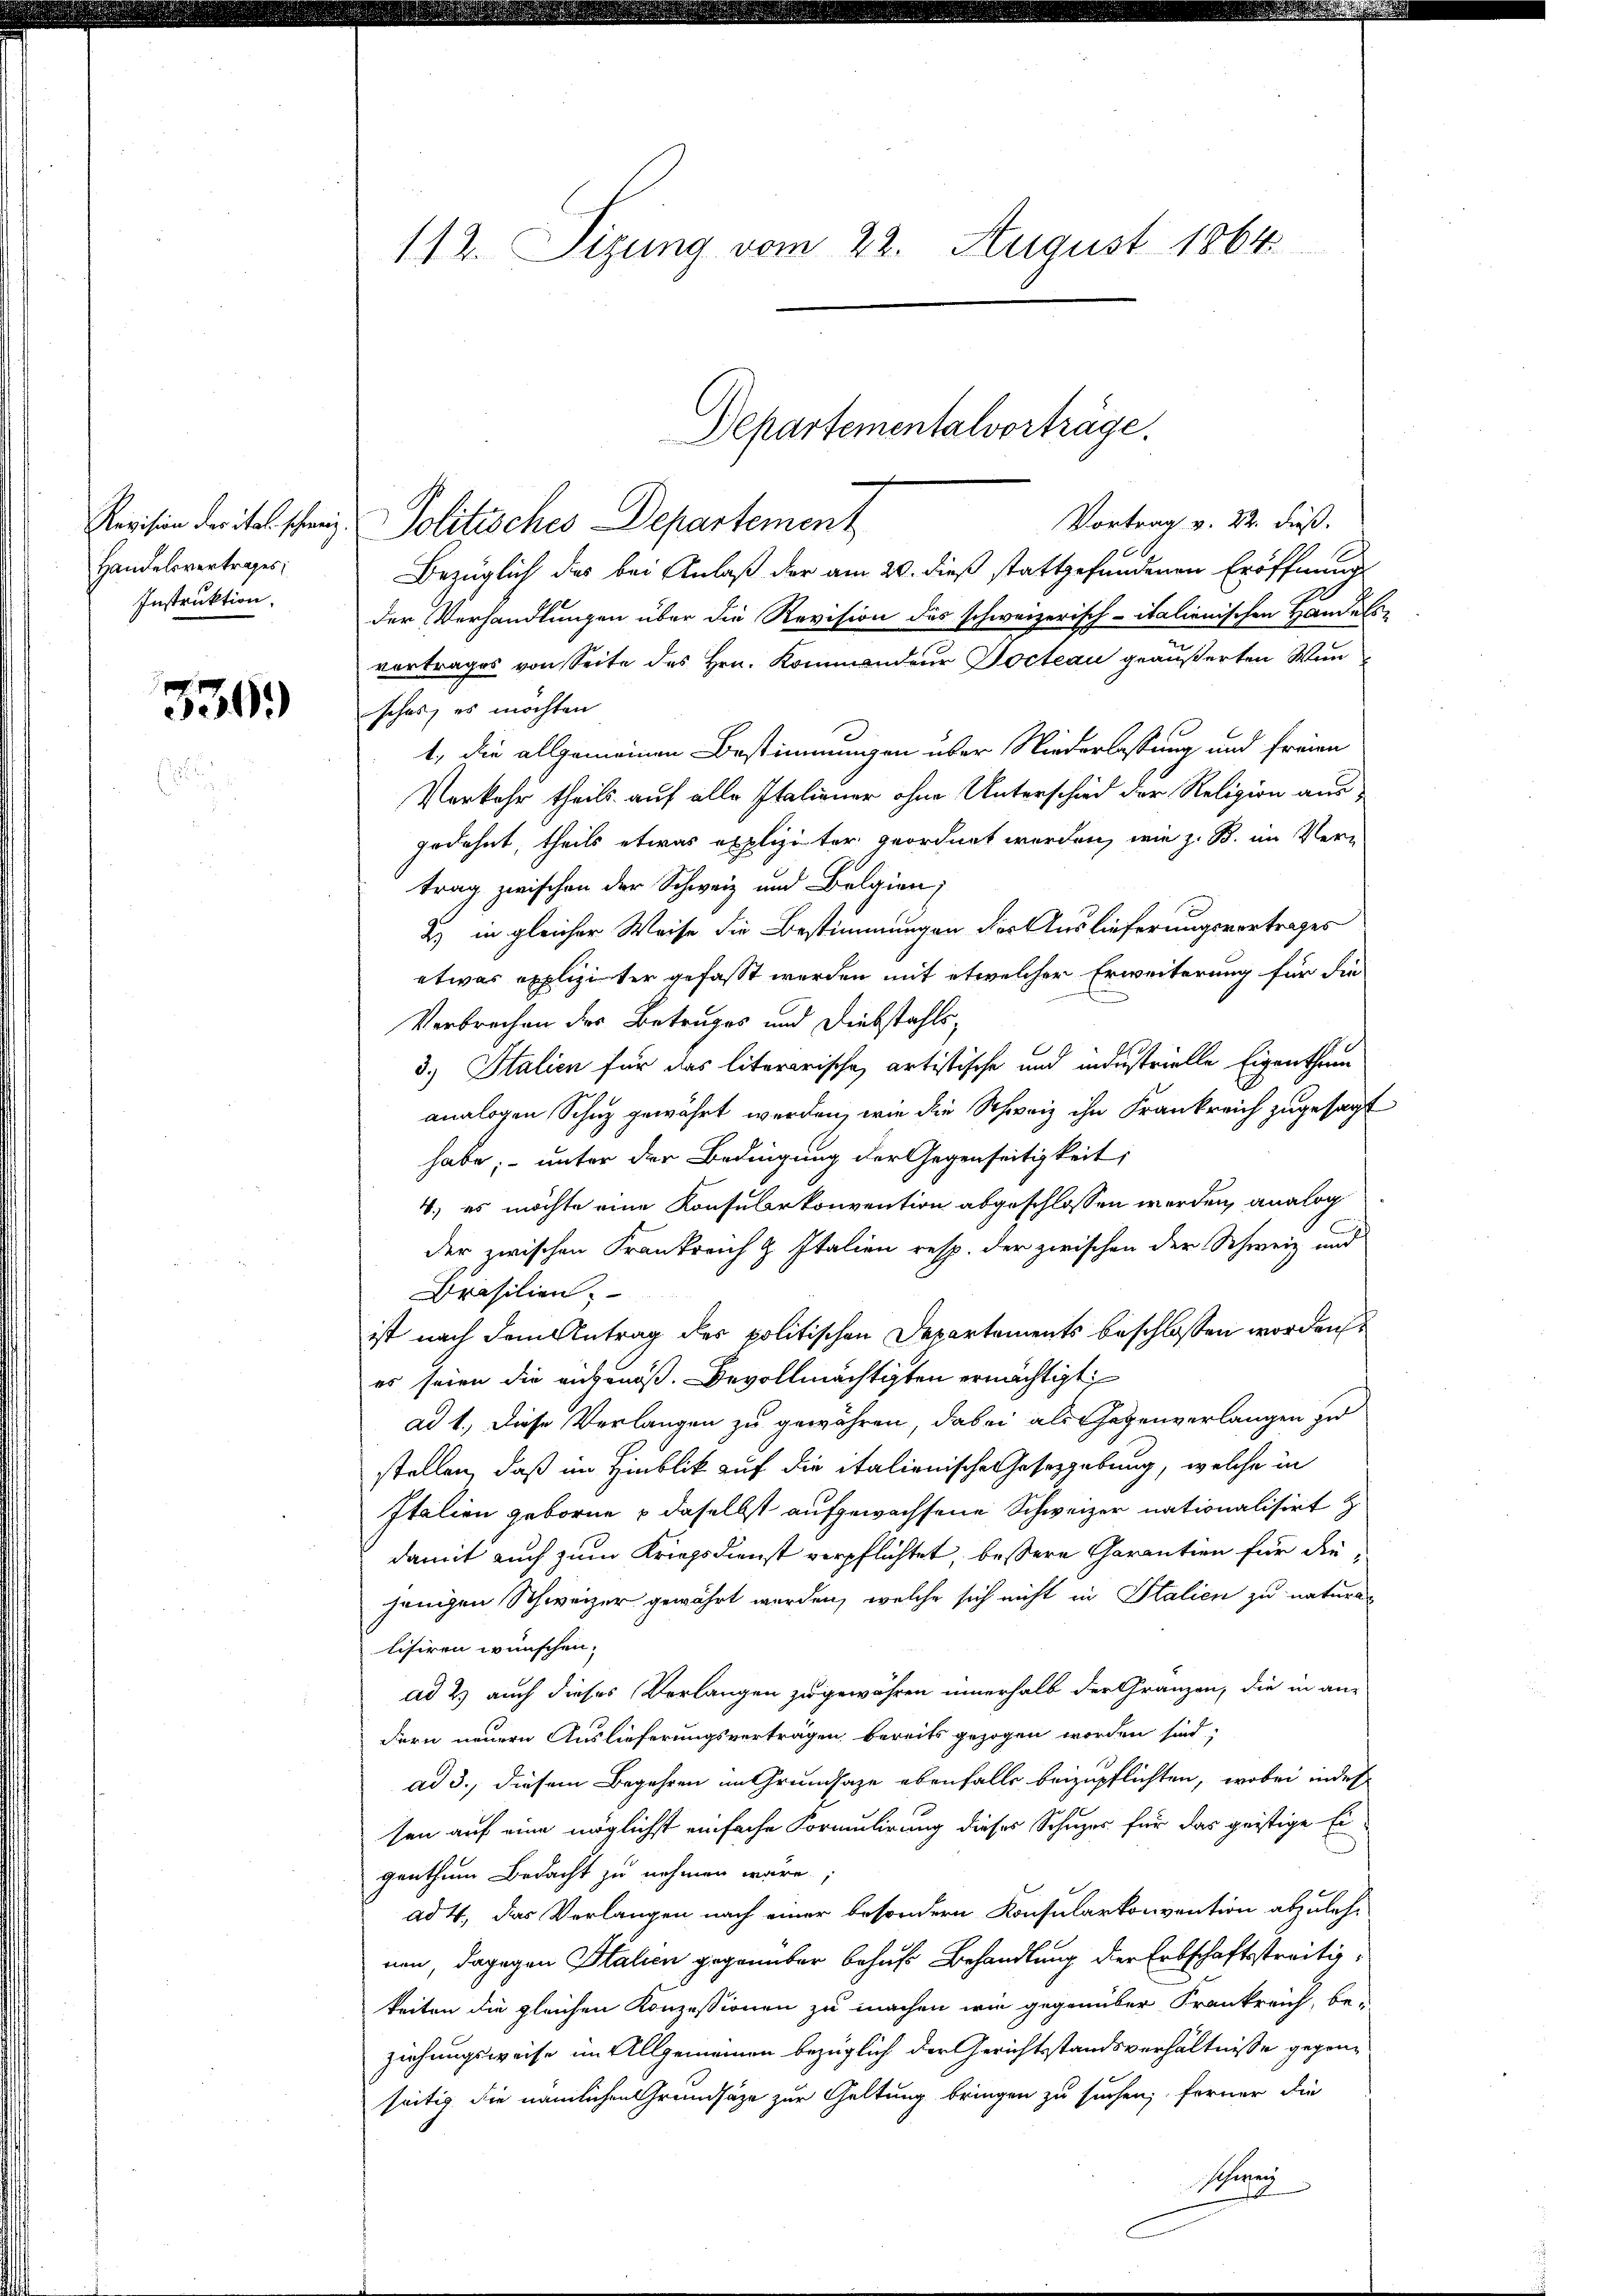
Revision der ital schweiz.
Handelsvertrages
Instruktion,

330.

112. Sizung vom 22. August 1864

Vortrag v. 22. dieß.
Politisches Departement
Bezüglich das bei Anlaß der am 20. dieß stattgefundenen Eröffnung
der Verhandlungen über die Revision des schweizerisch-italienischen Handels-
vertrages von Seite des Hrn. Kommandeur Docteau geäußerten Wunsches, es möchten
1, die allgemeinen Bestimmungen über Niederlassung und freien
Verkehr theils auf alle Italiener ohne Unterschied der Religion ausgedehnt, theils etwas expliziter geordnet werden, wie z. B. im Vern
trag zwischen der Schweiz und Bolgien;
2) in gleicher Weise die Bestimmungen des Auslieferungsvortrages
etwas explizierter gefasst werden mit etwelcher Erweiterung für die
Verbrechen der Betruges und Diebstahls¬
3.) Italien für das literarische artistische und industrielle Eigenthum
analogen Schuz gewährt werden, wie die Schweiz ihn Frankreich zugesagt
habe; – unter der Bedingung der Gegenseitigkeit,
4.) es möchte eine Konsularkonvention abgeschlossen werden, analog
der zwischen Frankreich & Italien resp. der zwischen der Schweiz und
Brasilien.
ist nach dem Antrag des politischen Departements beschlossen worden
es seien die angenoß. Bevollmächtigten ermächtigt
ad 1. Diese Verlangen zu gewähren, dabei als Gegenverlangen zu
stellen, daß im Hinblick auf die italienische Gesetzgebung, welche in
Italien geborne u daselbst aufgewachsene Schweizer nationalisirt z
damit auch zum Kriegsdienst verpflichtet, bessere Garantien für die
jenigen Schweizer gewährt werden, welche sich nicht in Italien zu naturalisiren wünschen.
ad 2. auch dieses Vorlangen zugewähren innerhalb der Gränzen, die in an-
dern neuern Auslieferungsverträgen bereits gezogen worden sind;
ad 3., diesem Begehren im Grundsaze ebenfalls beizupflichten, wobei indes
sen auf eine möglichst einfache Formulirung dieses Schuzer für das geistige Er-
genthum Bedacht zu nehmen wäre.
ad 4, das Vorlangen nach einer besondern Konsularkonvention abzules-
nen, dagegen Halien gegenüber behufs Behandlung der Erbschaftsstreitigkeiten die gleichen Konzessionen zu machen wie gegenüber Frankreich, be-
ziehungsweise im Allgemeinen bezüglich der Gerichtsstandsverhältnisse gegenseitig die nämlichen Grundsätze zur Geltung bringen zu suchen; ferner die
Schwei

Departementalverträge.